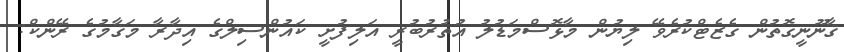
ޤާނޫނީގޮތުން ގެޒެޓްކުރެވޭ ލިޔުން މާޅޮސްމަޑުލު އުތުރުބުރީ އަލިފުށީ ކައުންސިލްގެ އިދާރާ މަޤާމުގެ ރޭންކް: